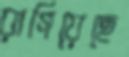
রাগিয়েছে